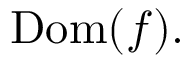
\operatorname { D o m } ( f ) .